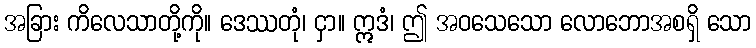
အခြား ကိလေသာတို့ကို။ ဒေဿတုံ၊ ငှာ။ ဣဒံ၊ ဤ အဝသေသော လောဘောအစရှိ သော